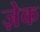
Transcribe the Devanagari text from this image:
ज़ेक